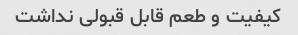
کیفیت و طعم قابل قبولی نداشت